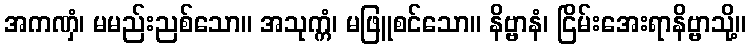
အကဏှံ၊ မမည်းညစ်သော။ အသုက္ကံ၊ မဖြူစင်သော။ နိဗ္ဗာနံ၊ ငြိမ်းအေးရာနိဗ္ဗာသို့။